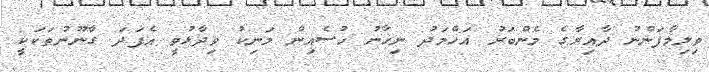
ވިލިމާފަންނު ދާއިރާގެ މެންބަރު އަހްމަދު ނިހާނު ހުސެއިން މަނިކު ވިދާޅުވީ އެފަދަ ގާނޫނުތަކަކީ